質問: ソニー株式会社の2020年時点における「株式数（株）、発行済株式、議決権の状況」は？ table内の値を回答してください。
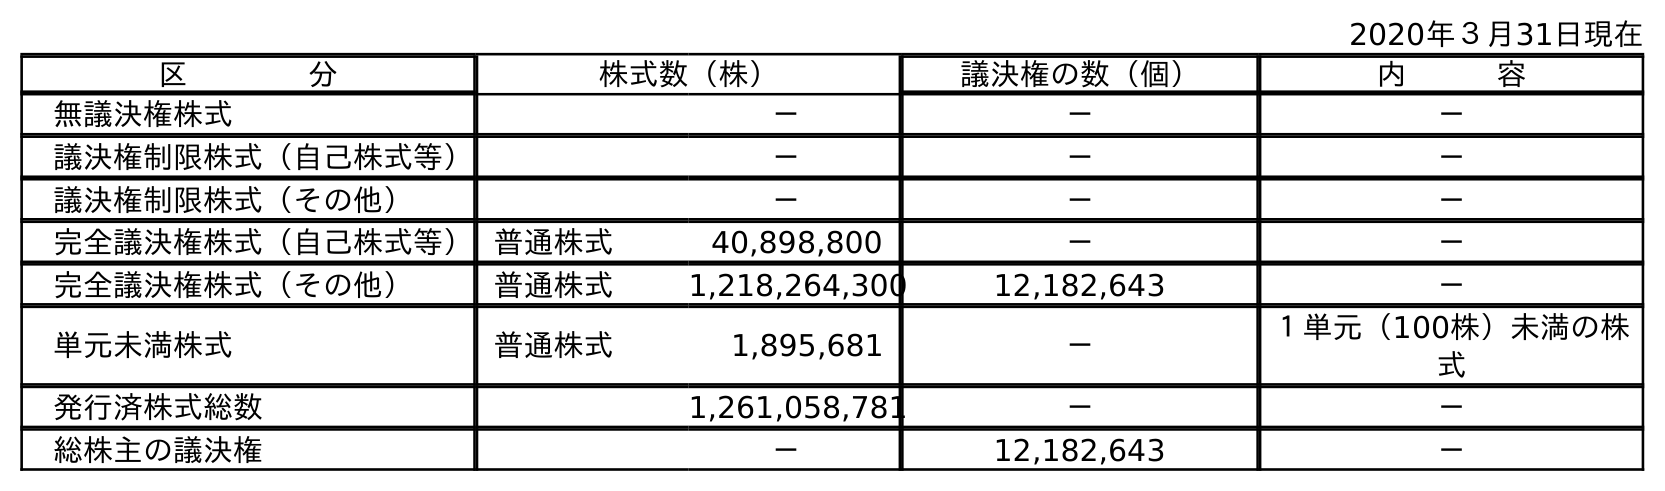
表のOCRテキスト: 2020年３月31日現在 区    分 株式数（株） 議決権の数（個） 内   容 無議決権株式 － － － 議決権制限株式（自己株式等） － － － 議決権制限株式（その他） － － － 完全議決権株式（自己株式等）普通株式 40,898,800 － － 完全議決権株式（その他） 普通株式 1,218,264,300 12,182,643 － 単元未満株式 普通株式 1,895,681 － １単元（100株）未満の株 式 発行済株式総数 1,261,058,781 － － 総株主の議決権 － 12,182,643 －
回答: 1,261,058,781